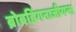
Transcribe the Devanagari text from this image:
ब्रोबडिंगनाजीयन्स